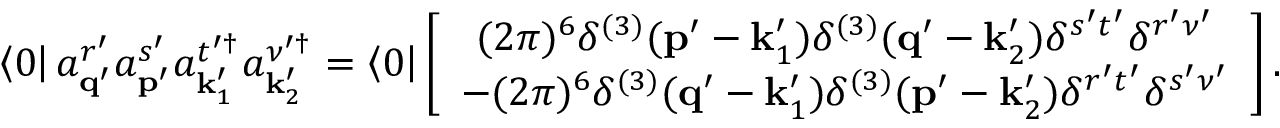
\left\langle 0 \right\vert a _ { \mathbf { q } ^ { \prime } } ^ { r ^ { \prime } } a _ { \mathbf { p } ^ { \prime } } ^ { s ^ { \prime } } a _ { \mathbf { k } _ { 1 } ^ { \prime } } ^ { t ^ { \prime \dagger } } a _ { \mathbf { k } _ { 2 } ^ { \prime } } ^ { \nu ^ { \prime \dagger } } = \left\langle 0 \right\vert \left[ \begin{array} { c } { ( 2 \pi ) ^ { 6 } \delta ^ { ( 3 ) } ( \mathbf { p } ^ { \prime } - \mathbf { k } _ { 1 } ^ { \prime } ) \delta ^ { ( 3 ) } ( \mathbf { q } ^ { \prime } - \mathbf { k } _ { 2 } ^ { \prime } ) \delta ^ { s ^ { \prime } t ^ { \prime } } \delta ^ { r ^ { \prime } \nu ^ { \prime } } } \\ { - ( 2 \pi ) ^ { 6 } \delta ^ { ( 3 ) } ( \mathbf { q } ^ { \prime } - \mathbf { k } _ { 1 } ^ { \prime } ) \delta ^ { ( 3 ) } ( \mathbf { p } ^ { \prime } - \mathbf { k } _ { 2 } ^ { \prime } ) \delta ^ { r ^ { \prime } t ^ { \prime } } \delta ^ { s ^ { \prime } \nu ^ { \prime } } } \end{array} \right] .